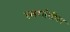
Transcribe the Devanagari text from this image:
स्वर्गांतील